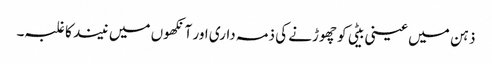
ذہن میں عینی بیٹی کو چھوڑنے کی ذمہ داری اور آنکھوں میں نیند کا غلبہ۔